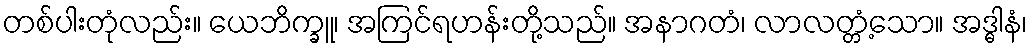
တစ်ပါးတုံလည်း။ ယေဘိက္ခူ၊ အကြင်ရဟန်းတို့သည်။ အနာဂတံ၊ လာလတ္တံ့သော။ အဒ္ဓါနံ၊